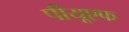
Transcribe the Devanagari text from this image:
पीयूएफ